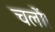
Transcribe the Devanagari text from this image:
चलों।